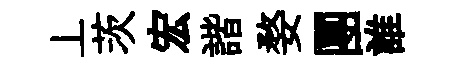
丄茨宏諧婺團誰